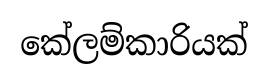
කේලම්කාරියක්